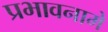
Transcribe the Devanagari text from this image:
प्रभावनामे